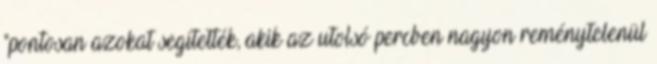
"pontosan azokat segítették, akik az utolsó percben nagyon reménytelenül